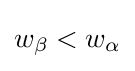
{\begin{aligned}w_{\beta }<w_{\alpha }\end{aligned}}